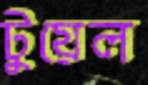
টুয়েল